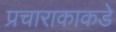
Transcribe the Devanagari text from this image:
प्रचाराकाकडे